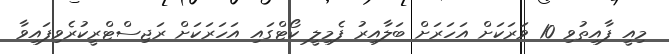
މިއީ ފާއިތުވި 10 ވަރަކަށް އަހަރަށް ބަލާއިރު ފެމިލީ ކޯޓްގައި އަހަރަކަށް ރަޖިސްޓްރީކުރެވިފައިވާ